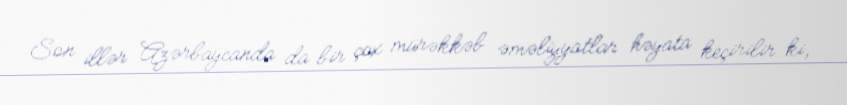
Son illər Azərbaycanda da bir çox mürəkkəb əməliyyatlar həyata keçirilir ki,